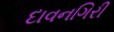
દાવનગિરી